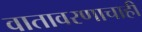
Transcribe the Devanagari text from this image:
वातावरणाचाही